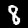
Digit: 8